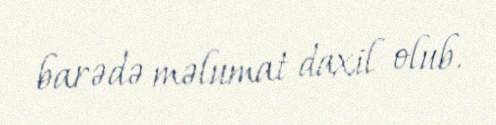
barədə məlumat daxil olub.